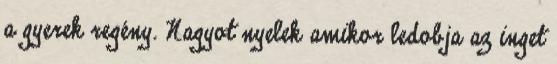
a gyerek regény. Nagyot nyelek amikor ledobja az inget